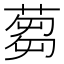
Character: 蒭